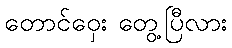
တောင်ဝှေး တွေ့ပြီလား